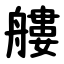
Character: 艛